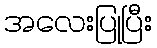
အလေးပြုပြီး